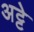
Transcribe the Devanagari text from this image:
अट्टे